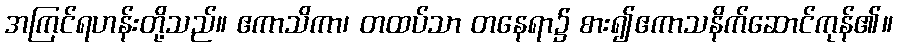
အကြင်ရဟန်းတို့သည်။ ဧကာသိကာ၊ တထပ်သာ တနေရာ၌ စား၍ဧကာသနိက်ဆောင်ကုန်၏။